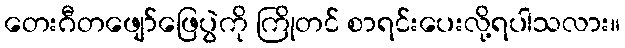
တေးဂီတဖျော်ဖြေပွဲကို ကြိုတင် စာရင်းပေးလို့ရပါသလား။